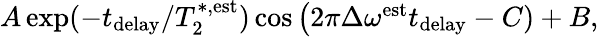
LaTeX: \begin{array}{r}{A\exp(-t_{\textrm{delay}}/T_{2}^{*,\textrm{est}})\cos\big(2\pi\Delta\omega^{\textrm{est}}t_{\textrm{delay}}-C)+B,}\end{array}